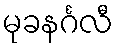
မုခနင်္ဂလီ